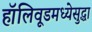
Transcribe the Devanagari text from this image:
हॉलिवूडमध्येसुद्धा